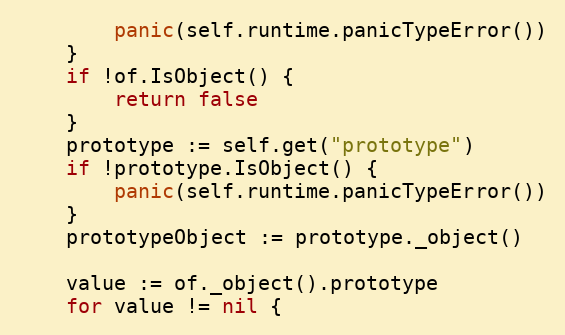
Language: Go
		panic(self.runtime.panicTypeError())
	}
	if !of.IsObject() {
		return false
	}
	prototype := self.get("prototype")
	if !prototype.IsObject() {
		panic(self.runtime.panicTypeError())
	}
	prototypeObject := prototype._object()

	value := of._object().prototype
	for value != nil {